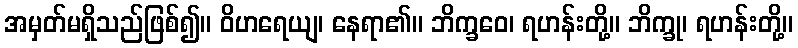
အမှတ်မရှိသည်ဖြစ်၍။ ဝိဟရေယျ၊ နေရာ၏။ ဘိက္ခဝေ၊ ရဟန်းတို့။ ဘိက္ခု၊ ရဟန်းတို့။